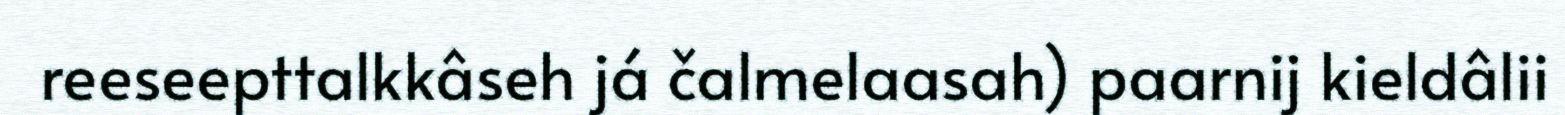
reeseepttalkkâseh já čalmelaasah) paarnij kieldâlii